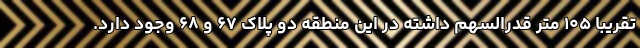
تقریباً ۱۰۵ متر قدرالسهم داشته در این منطقه دو پلاک ۶۷ و ۶۸ وجود دارد.